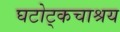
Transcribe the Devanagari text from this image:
घटोट्कचाश्रय